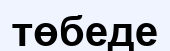
төбеде